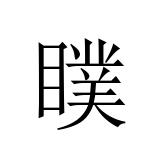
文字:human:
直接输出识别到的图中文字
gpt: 瞨